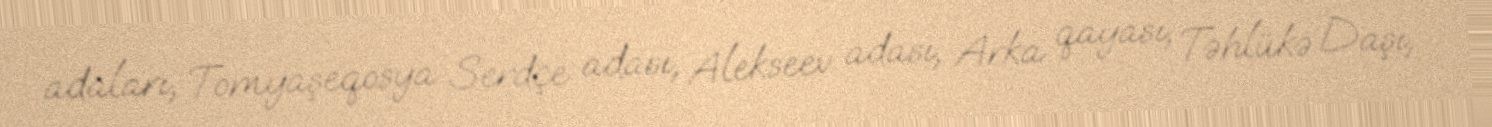
adaları, Tomyaşeqosya Serdçe adası, Alekseev adası, Arka qayası, Təhlükə Daşı,